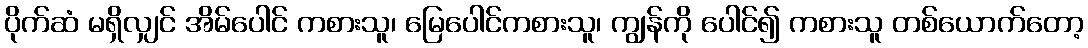
ပိုက်ဆံ မရှိလျှင် အိမ်ပေါင် ကစားသူ၊ မြေပေါင်ကစားသူ၊ ကျွန်ကို ပေါင်၍ ကစားသူ တစ်ယောက်တော့